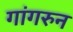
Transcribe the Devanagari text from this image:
गांगरुन